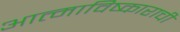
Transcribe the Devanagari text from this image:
आत्माविष्काराची